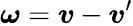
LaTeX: \boldsymbol{\omega}=\boldsymbol{v}-\boldsymbol{v}^{\prime}